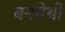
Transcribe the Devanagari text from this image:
बनमेथी